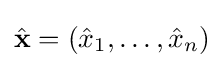
{\hat {\mathbf {x} }}=({\hat {x}}_{1},\ldots ,{\hat {x}}_{n})